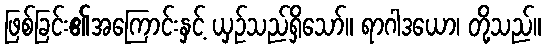
ဖြစ်ခြင်း၏အကြောင်းနှင့် ယှဉ်သည်ရှိသော်။ ရာဂါဒယော၊ တို့သည်။